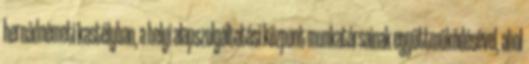
hernádnémeti kastélyban, a helyi alapszolgáltatási központ munkatársainak együttműködésével, ahol